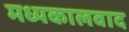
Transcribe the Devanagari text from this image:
मध्यकालवाद